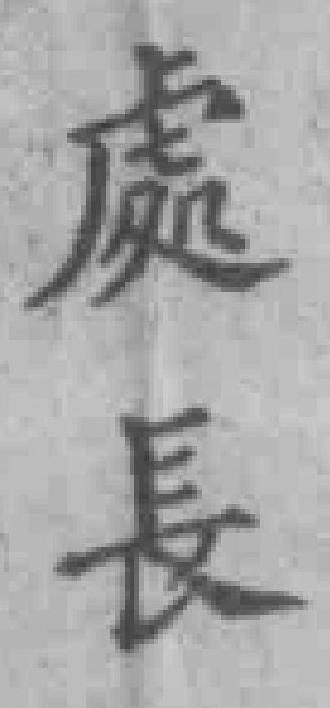
處長